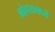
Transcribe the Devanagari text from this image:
ओहायमध्ये